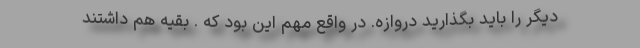
دیگر را باید بگذارید دروازه. در واقع مهم این بود که . بقیه هم داشتند